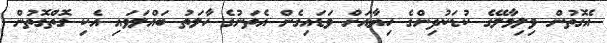
އެގޮތުން ވިލިމާލޭގެ ކުޑަކުދިންގެ ހިޔާއަށް ވަޑައިގެން އެތަނުގެ ހާލަތު ބައްލަވައި އެކި ގޮތްގޮތުން